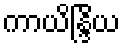
ကာယိန္ဒြိယ